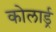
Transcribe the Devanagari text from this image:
कोलार्ड्र